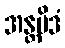
အန္တမိဒံ